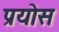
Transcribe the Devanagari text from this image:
प्रयोस